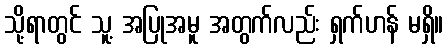
သို့ရာတွင် သူ့ အပြုအမူ အတွက်လည်း ရှက်ဟန် မရှိ။